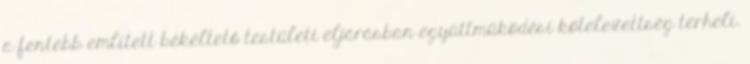
a fentebb említett békéltető testületi eljárásban együttműködési kötelezettség terheli.